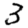
Digit: 3